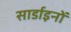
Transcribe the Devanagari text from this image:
सार्डाइनों